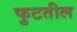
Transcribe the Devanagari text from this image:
फुटतील